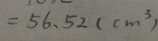
= 5 6 . 5 2 ( c m ^ { 3 } )